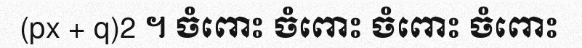
(px + q)2 ។ ចំពោះ ចំពោះ ចំពោះ ចំពោះ